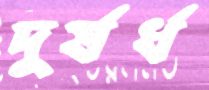
দুর্ষর্ধ